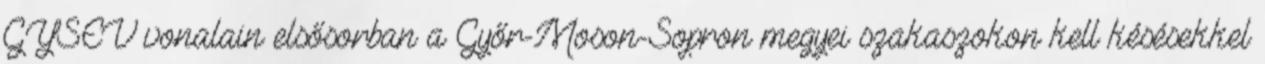
GYSEV vonalain elsősorban a Győr-Moson-Sopron megyei szakaszokon kell késésekkel